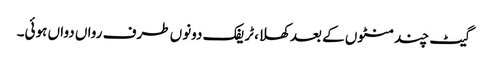
گیٹ چند منٹوں کے بعد کھلا، ٹریفک دونوں طرف رواں دواں ہوئی۔